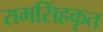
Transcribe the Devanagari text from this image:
रामसिंहकृत